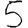
Digit: 5